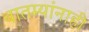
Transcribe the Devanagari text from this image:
बातम्यांनाही